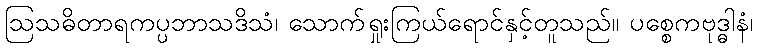
ဩသဓိတာရကပ္ပဘာသဒိသံ၊ သောက်ရှုးကြယ်ရောင်နှင့်တူသည်။ ပစ္စေကဗုဒ္ဓါနံ၊